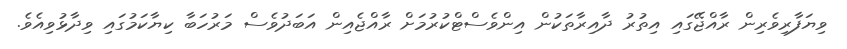
ވިޔަފާރިވެރިން ރާއްޖޭގައި އިތުރު ދާއިރާތަކުން އިންވެސްޓްކުރުމަށް ރާއްޖެއިން އަބަދުވެސް މަރުހަބާ ކިޔާކަމުގައި ވިދާޅުވިއެވެ.